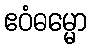
ဧဝံဓမ္မော